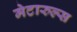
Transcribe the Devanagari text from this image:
मेटारुल्स